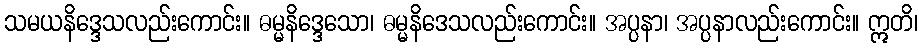
သမယနိဒ္ဒေသလည်းကောင်း။ ဓမ္မနိဒ္ဒေသော၊ ဓမ္မနိဒေသလည်းကောင်း။ အပ္ပနာ၊ အပ္ပနာလည်းကောင်း။ ဣတိ၊